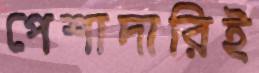
পেশাদারিই